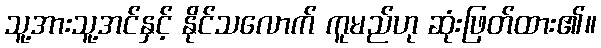
သူ့အားသူ့အင်နှင့် နိုင်သလောက် ကူမည်ဟု ဆုံးဖြတ်ထား၏။